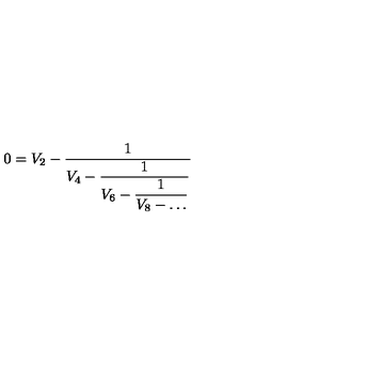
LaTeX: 0 = V _ { 2 } - \frac { 1 } { \displaystyle V _ { 4 } - \frac { 1 } { \displaystyle V _ { 6 } - \frac { 1 } { \displaystyle V _ { 8 } - \ldots } } }